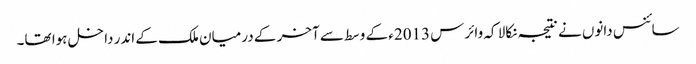
سائنس دانوں نے نتیجہ نکالا کہ وائرس 2013ء کے وسط سے آخر کے درمیان ملک کے اندر داخل ہوا تھا۔